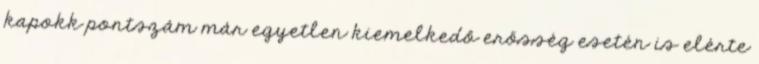
kapokk pontszám már egyetlen kiemelkedő erősség esetén is elérte